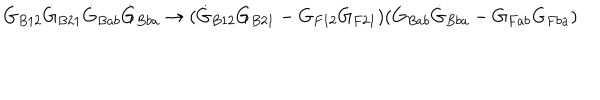
{ \dot { G } _ { B 1 2 } } \dot { G } _ { B 2 1 } \dot { G } _ { B a b } \dot { G } _ { B b a } \rightarrow ( \dot { G } _ { B 1 2 } \dot { G } _ { B 2 1 } - G _ { F 1 2 } G _ { F 2 1 } ) ( \dot { G } _ { B a b } \dot { G } _ { B b a } - G _ { F a b } G _ { F b a } ) \quad